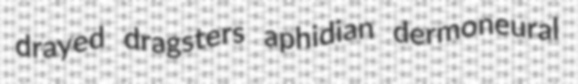
drayed dragsters aphidian dermoneural